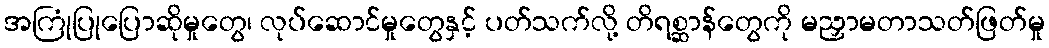
အကြုံပြုပြောဆိုမှုတွေ၊ လုပ်ဆောင်မှုတွေနှင့် ပတ်သက်လို့ တိရစ္ဆာန်တွေကို မညှာမတာသတ်ဖြတ်မှု